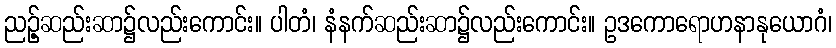
ညဉ့်ဆည်းဆာ၌လည်းကောင်း။ ပါတံ၊ နံနက်ဆည်းဆာ၌လည်းကောင်း။ ဥဒကောရောဟနာနုယောဂံ၊